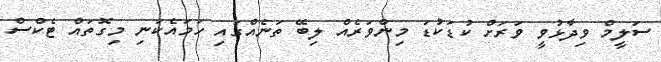
ސަލީމް ވިދާޅުވީ ވަރަށް ކުޑަކުޑަ މިންވަރެއް ލިބޭ ތަނެއްގައި ހަމައެކަނި މިގޮތައް ޓެކްސް